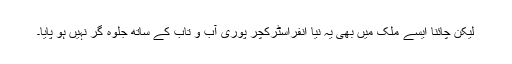
لیکن چائنا ایسے ملک میں بھی یہ نیا انفراسٹرکچر پوری آب و تاب کے ساتھ جلوہ گر نہیں ہو پایا۔